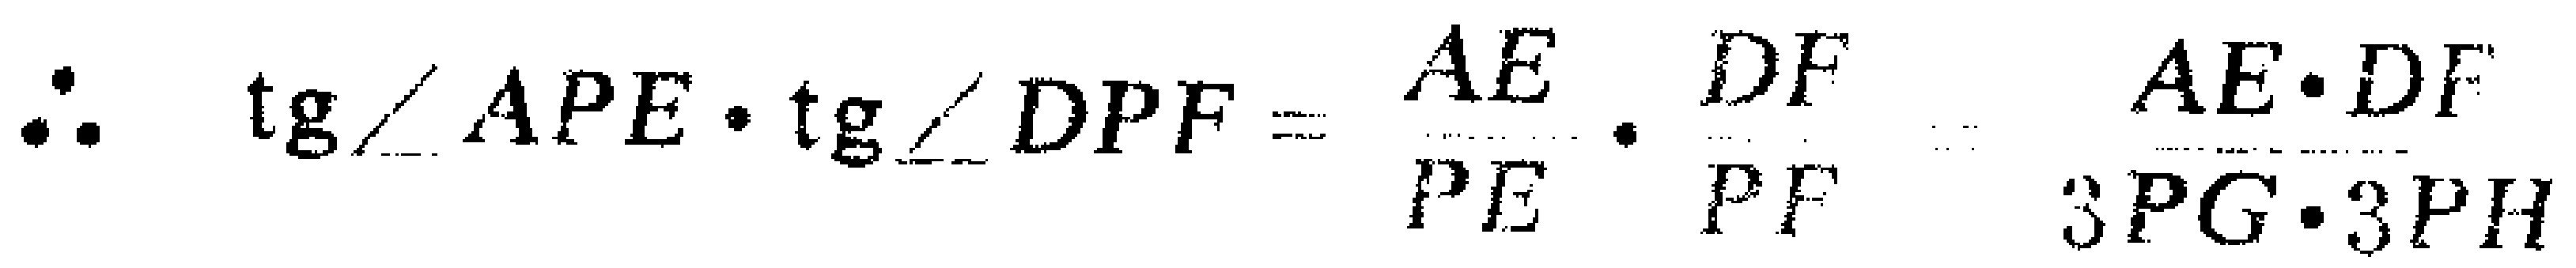
\(\therefore \quad \operatorname{tg}\angle APE\cdot \operatorname{tg}\angle DPF=\frac{AE}{PE}\cdot\frac{DF}{PF}=\frac{AE\cdot DF}{3PG\cdot 3PH}\)